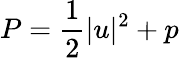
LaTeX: P=\frac{1}{2}|u|^{2}+p